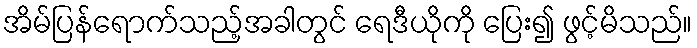
အိမ်ပြန်ရောက်သည့်အခါတွင် ရေဒီယိုကို ပြေး၍ ဖွင့်မိသည်။